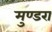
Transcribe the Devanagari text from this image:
मुण्डरा